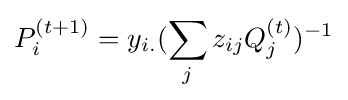
P_{i}^{(t+1)}=y_{i.}(\sum _{j}z_{ij}Q_{j}^{(t)})^{-1}